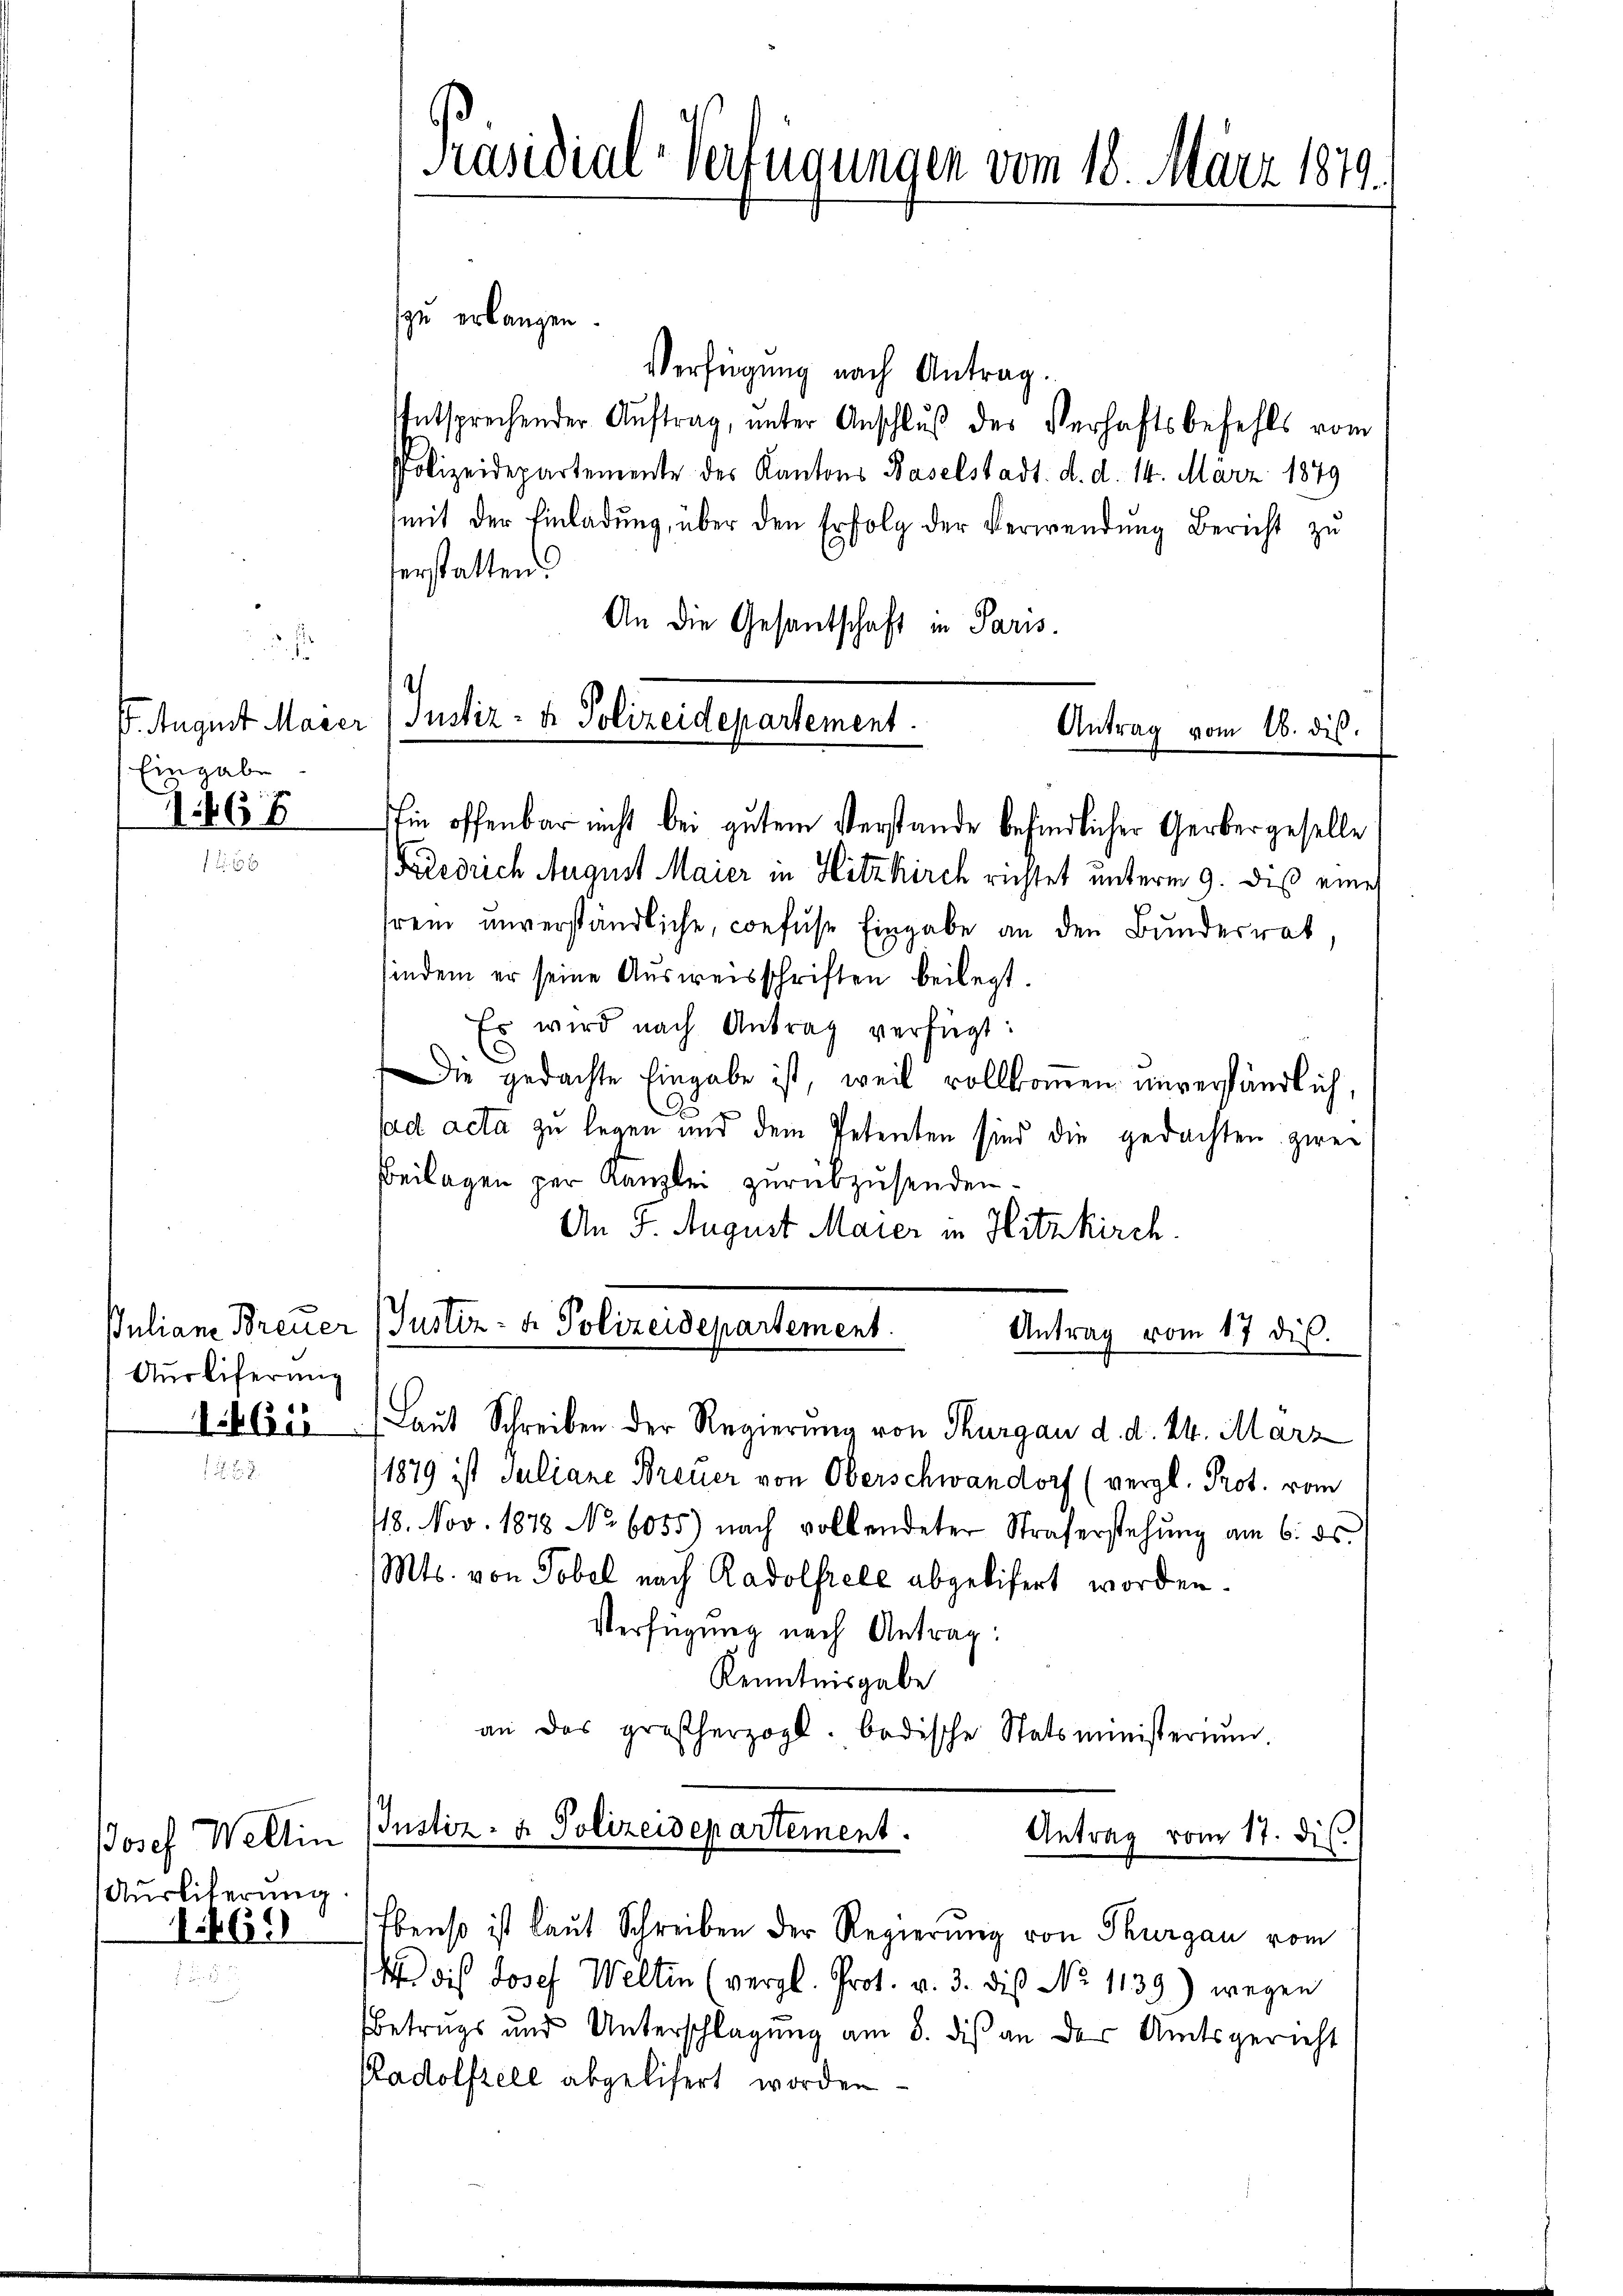
da
Eingabe
1468

Auslieferung
146315

Josef Weltin
Ausliterung

1.469

Präsidial-Verfügungen vom 18. März 1879.

zu erlangen.
Verfügung nach Antrag.
Entsprechender Auftrag, unter Anschluß des Verhaftsbefehls vom
Polizeidepartemente des Kantons Baselstadt. d. d. 14. März 1849
(mit der Einladŭng, über den Erfolg der Verwendŭng Bericht zu
herstatten.
An die Gesantschaft in Paris.
in offenbar nicht bei gutem Verstande befindlicher Gerbergeselle
Friedrich August Maier in Hitzkirch richtet unterm 9. daß eine
rem unverständliche, confuse Eingabe an den Bundesrat,
sindem er seine Ausweisschriften beilegt.
Es wird nach Antrag verfügt:
Die gedachte Eingabe ist, weil vollkommen unverständlich,
25
sad acta zu legen mir dem Petenten sind die gedachten zwei
Beilagen per Kanzlei zurükzusenden.
An 5. August Maier in Hitzkirch.

¬
6. August Mager (Justiz- & Polizeidepartement.
Antrag vom 16. ds.

Juliane Breuer (Justiz- & Polizeidepartement.
Antrag vom 17 die

(Laut Schreiben. Der Regierung von Thurgau d. d. 24. März
1879 ist Juliane Breuer von Oberschwandorf (vergl. Prot. vom
118. Nov. 1878 No 6055) nach vollendeter Straferstehung am 6. ds.
Mts. von Tobel nach Radolfiele abgelisert worden.
Verfügung nach Antrag:
Kenntnisgabe
an das großherzogl. badische Statsministerium.
IJustiz- & Polizeidepartement.
Antrag vom 17. dis
Ebenso ist laut Schreiben der Regierung von Thurgau vom
 dis Josef Welten (vergl. Prot. v. 3. dis No 1139) wegen
Betrags und Unterschlagung am 8. dis an der Amtsgericht
Radolfzell abgelisert worden